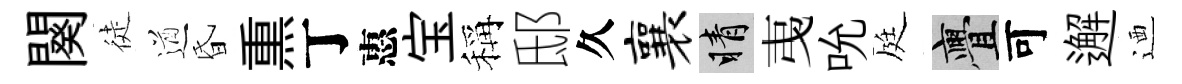
闋徒遒昏𤋱丁惠宝稱邸久襄睛𢎯吮庭亹可邂迺